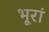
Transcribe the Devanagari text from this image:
भूरां